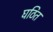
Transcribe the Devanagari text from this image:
घठित